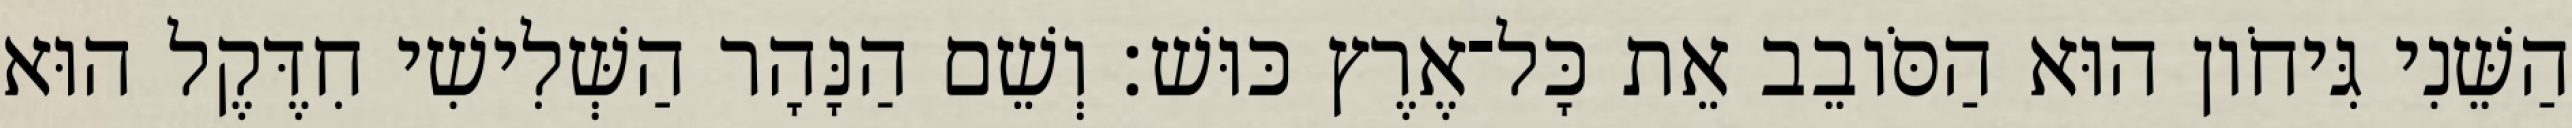
הַשֵּׁנִי גִּיחֹון הוּא הַסֹּובֵב אֵת כָּל־אֶרֶץ כּוּשׁ׃ וְשֵׁם הַנָּהָר הַשְּׁלִישִׁי חִדֶּקֶל הוּא